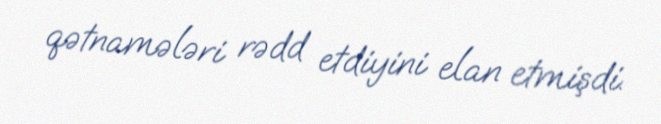
qətnamələri rədd etdiyini elan etmişdi.